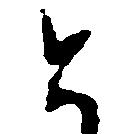
と